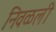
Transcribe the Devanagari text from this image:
निवळली